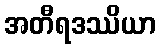
အတီရဒဿိယာ